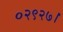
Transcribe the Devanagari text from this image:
०२९२७।